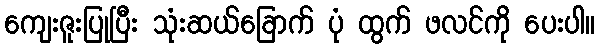
ကျေးဇူးပြုပြီး သုံးဆယ်ခြောက် ပုံ ထွက် ဖလင်ကို ပေးပါ။